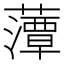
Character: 藫